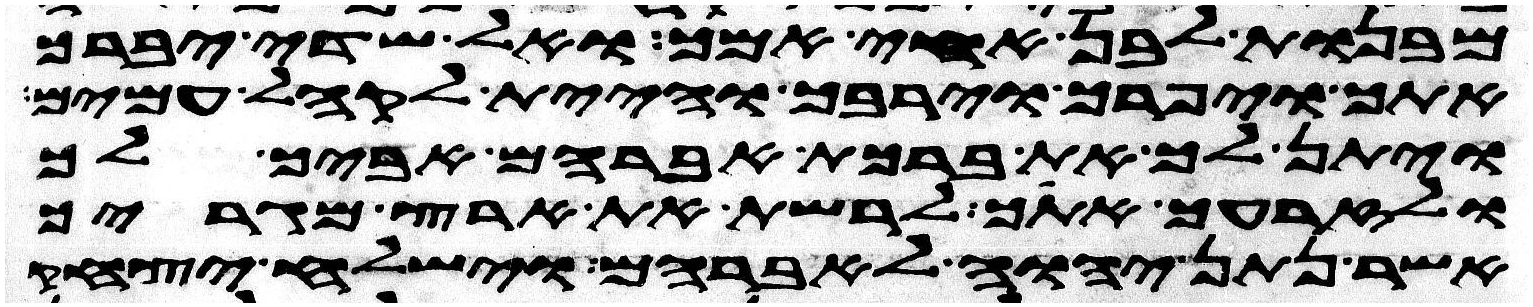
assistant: מבנות לבן אחי אמך ואל שדי יברך
אתך ויפרך וירבך והיית לקהל עמים
ויתן לך את ברכת אברהם אביך לך
ולזרעך אתך לרשת את ארץ מגריך
אשר נתן יהוה לאברהם וישלח יצחק